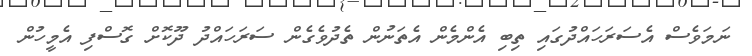
ނަމަވެސް އެސަރަހައްދުގައި ތިބި އެންމެން އެތަނުން ތެދުވެގެން ސަރަހައްދު ދޫކޮށް ގޮސްފި އެމީހުން